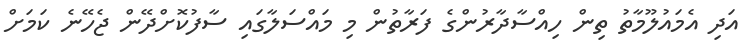
އަދި އެމައުލޫމާތު ތިން ހިއްސާދާރުންގެ ފަރާތުން މި މައްސަލާގައި ސާފުކޮށްދޭން ޖެހޭނެ ކަމަށް